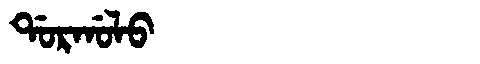
Manchu: ᡩᠣᡵᡤᠣᠯᠣ
Romanization: DORGOLO